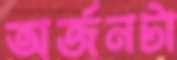
অর্জনটা